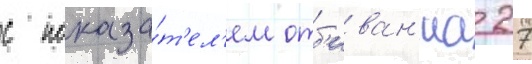
с показа́т'ел'ем отб'иван'иа 27